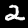
Digit: 2